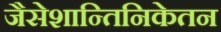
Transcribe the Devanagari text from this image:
जैसेशान्तिनिकेतन